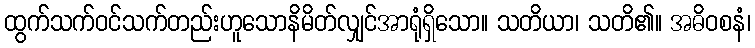
ထွက်သက်ဝင်သက်တည်းဟူသောနိမိတ်လျှင်အာရုံရှိသော။ သတိယာ၊ သတိ၏။ အဓိဝစနံ၊